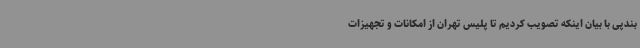
بندپی با بیان اینکه تصویب کردیم تا پلیس تهران از امکانات و تجهیزات